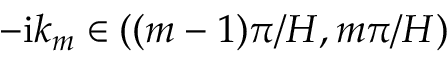
{ - \mathrm { i } k _ { m } \in ( ( m - 1 ) \pi / H , m \pi / H ) }